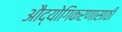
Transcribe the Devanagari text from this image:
औद्योगिकरणासाठी